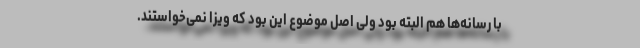
با رسانه‌ها هم البته بود ولی اصل موضوع این بود که ویزا نمی‌خواستند.